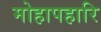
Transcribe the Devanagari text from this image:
मोहापहारि